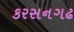
કરસનગઢ